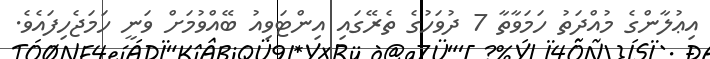
އިޢުލާންގެ މުއްދަތު ހަމަވާތާ 7 ދުވަހުގެ ތެރޭގައި އިންޓަވިއު ބޭއްވުމަށް ވަނީ ހަމަޖެހިފައެވެ.